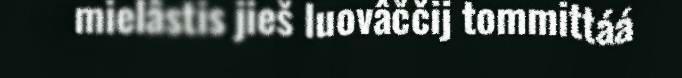
mielâstis jieš luovâččij tommittáá